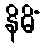
နိမိံ